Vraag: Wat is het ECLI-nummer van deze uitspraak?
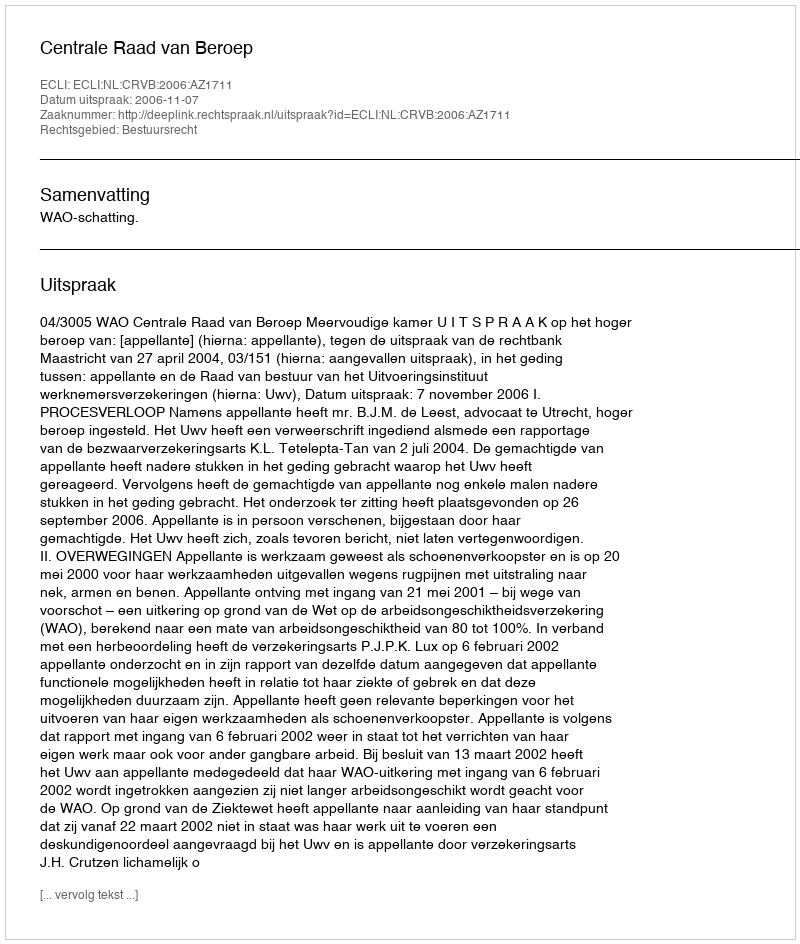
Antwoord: ECLI:NL:CRVB:2006:AZ1711